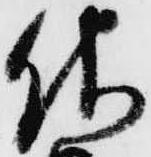
儀